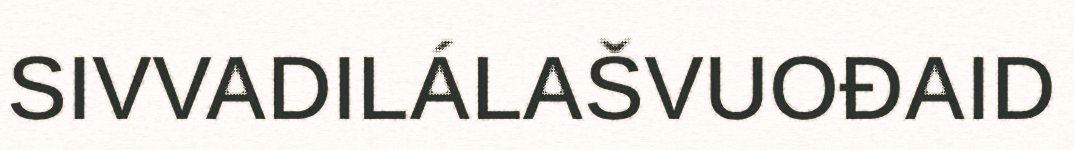
SIVVADILÁLAŠVUOĐAID